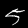
Label: 5